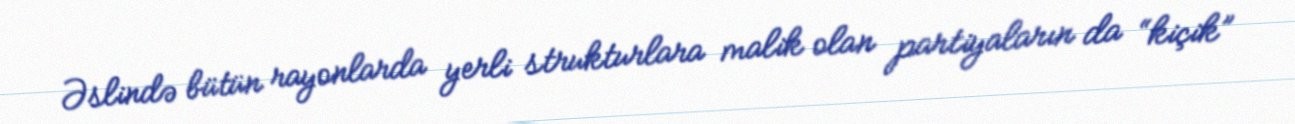
Əslində bütün rayonlarda yerli strukturlara malik olan partiyaların da “kiçik”